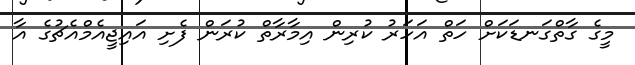
މީގެ ގާތްގަނޑަކަށް ހަތް އަހަރު ކުރިން އިމާރާތް ކުރަން ފެށި އައިޖީއެމްއެޗުގެ އާ